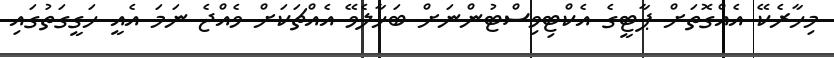
މިހާރެކޭ އެއްގޮތަށް ޕާޓީގެ އެކްޓިވިސްޓުންނަށް ބަހާލެވޭ އެއްޗަކަށް ވެއްޖެ ނަމަ އެއީ ހަގީގަތުގައި